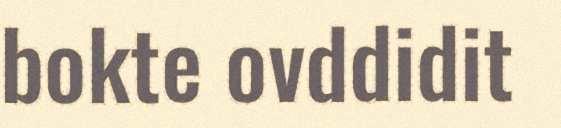
bokte ovddidit